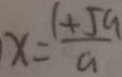
x = \frac { 1 + 5 a } { a }